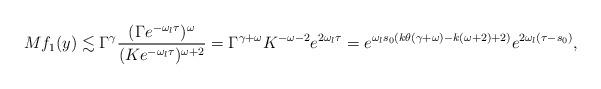
LaTeX: \begin{align*} Mf_{1}(y)\lesssim\Gamma^{\gamma}\frac{(\Gamma e^{-\omega_{l}\tau})^{\omega}}{(Ke^{-\omega_{l}\tau})^{\omega+2}}=\Gamma^{\gamma+\omega}K^{-\omega-2}e^{2\omega_{l}\tau}=e^{\omega_{l}s_{0}(k{\theta}(\gamma+\omega)-k(\omega+2)+2)}e^{2\omega_{l}(\tau-s_{0})}, \end{align*}